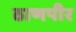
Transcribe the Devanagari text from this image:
ठाणपीर